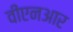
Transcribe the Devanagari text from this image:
वीएनआर